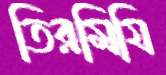
তিরমিযি